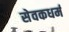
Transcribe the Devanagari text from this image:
सेवकधर्म